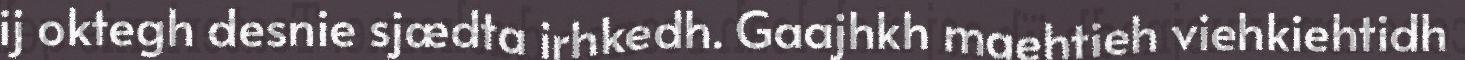
ij oktegh desnie sjædta irhkedh. Gaajhkh maehtieh viehkiehtidh